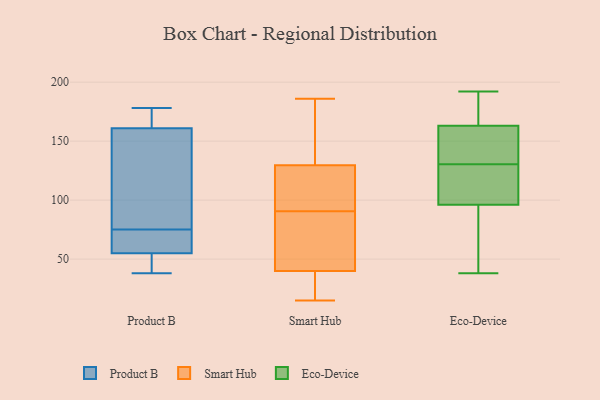
{"axis": {"x": "Energy Usage (MWh)", "y": "Value"}, "legend": ["Eco-Device", "Product B", "Smart Hub"], "data": [{"x": "", "y": 53, "type": "Product B"}, {"x": "", "y": 55, "type": "Product B"}, {"x": "", "y": 75, "type": "Product B"}, {"x": "", "y": 72, "type": "Product B"}, {"x": "", "y": 38, "type": "Product B"}, {"x": "", "y": 97, "type": "Product B"}, {"x": "", "y": 75, "type": "Product B"}, {"x": "", "y": 161, "type": "Product B"}, {"x": "", "y": 178, "type": "Product B"}, {"x": "", "y": 167, "type": "Product B"}, {"x": "", "y": 96, "type": "Smart Hub"}, {"x": "", "y": 91, "type": "Smart Hub"}, {"x": "", "y": 76, "type": "Smart Hub"}, {"x": "", "y": 133, "type": "Smart Hub"}, {"x": "", "y": 56, "type": "Smart Hub"}, {"x": "", "y": 30, "type": "Smart Hub"}, {"x": "", "y": 90, "type": "Smart Hub"}, {"x": "", "y": 126, "type": "Smart Hub"}, {"x": "", "y": 92, "type": "Smart Hub"}, {"x": "", "y": 154, "type": "Smart Hub"}, {"x": "", "y": 26, "type": "Smart Hub"}, {"x": "", "y": 32, "type": "Smart Hub"}, {"x": "", "y": 42, "type": "Smart Hub"}, {"x": "", "y": 15, "type": "Smart Hub"}, {"x": "", "y": 186, "type": "Smart Hub"}, {"x": "", "y": 38, "type": "Smart Hub"}, {"x": "", "y": 156, "type": "Smart Hub"}, {"x": "", "y": 84, "type": "Smart Hub"}, {"x": "", "y": 175, "type": "Smart Hub"}, {"x": "", "y": 92, "type": "Smart Hub"}, {"x": "", "y": 163, "type": "Eco-Device"}, {"x": "", "y": 128, "type": "Eco-Device"}, {"x": "", "y": 97, "type": "Eco-Device"}, {"x": "", "y": 176, "type": "Eco-Device"}, {"x": "", "y": 38, "type": "Eco-Device"}, {"x": "", "y": 96, "type": "Eco-Device"}, {"x": "", "y": 133, "type": "Eco-Device"}, {"x": "", "y": 192, "type": "Eco-Device"}, {"x": "", "y": 154, "type": "Eco-Device"}, {"x": "", "y": 38, "type": "Eco-Device"}]}